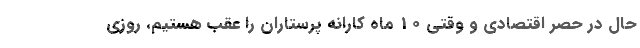
حال در حصر اقتصادی و وقتی 10 ماه کارانه پرستاران را عقب هستیم، روزی